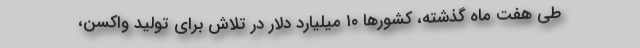
طی هفت ماه گذشته، کشورها ۱۰ میلیارد دلار در تلاش برای تولید واکسن،